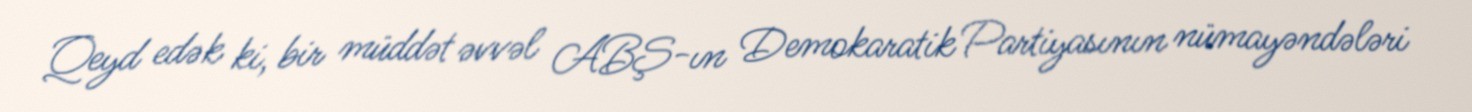
Qeyd edək ki, bir müddət əvvəl ABŞ-ın Demokaratik Partiyasının nümayəndələri